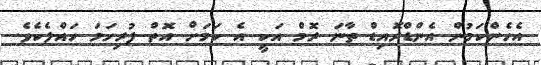
އެހެންކަމުން އެންޑްރޮއިޑް ތާނަ ރޮމް އަކީ އެ ކަމަށް އޮތް ފުރިހަމަ ހައްލެކެވެ.